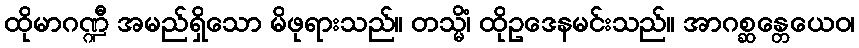
ထိုမာဂဏ္ဍီ အမည်ရှိသော မိဖုရားသည်။ တသ္မိံ၊ ထိုဥဒေနမင်းသည်။ အာဂစ္ဆန္တေယေဝ၊